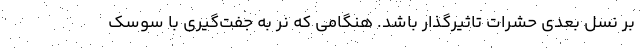
بر نسل بعدی حشرات تاثیرگذار باشد. هنگامی که نر به جفت‌گیری با سوسک